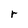
Character: r